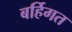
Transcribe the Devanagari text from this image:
बर्हिगत